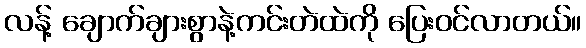
လန့် ချောက်ချားစွာနဲ့ကင်းတဲထဲကို ပြေးဝင်လာတယ်။